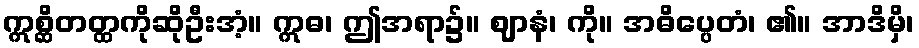
ဣစ္ဆိတတ္ထကိုဆိုဦးအံ့။ ဣဓ၊ ဤအရာ၌။ ဈာနံ၊ ကို။ အဓိပ္ပေတံ၊ ၏။ အာဒိမှိ၊